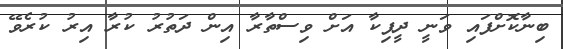
ބިނާކޮށްފައި ވަނީ ދީޕިކާ އަށް ވިސްތާރާ އިން ދަތުރު ކުރާ އިރު ކުރެވޭ